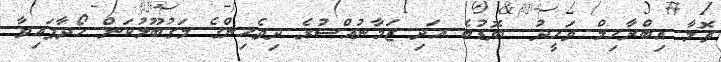
ތޮލާ އިބްރާހިމް ވަހީދު  ބޮޑުބެ އަދި ޒަމާނުއްސުރެ ދިވެހިންގެ މަގުބޫލުކަން ހޯދާފައިވާ